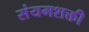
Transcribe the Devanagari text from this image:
संयमशक्ती